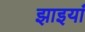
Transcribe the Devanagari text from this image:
झाइयां